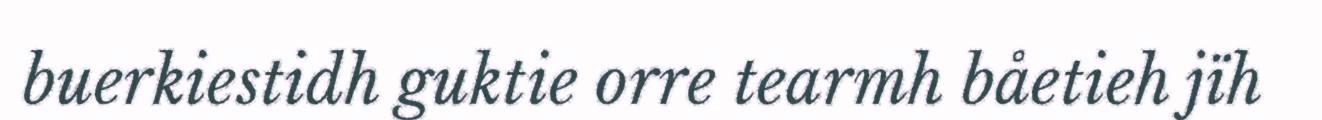
buerkiestidh guktie orre tearmh båetieh jïh